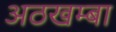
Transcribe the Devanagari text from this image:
अठखम्बा